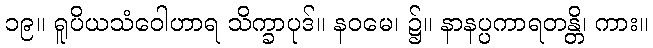
၁၉။ ရူပိယသံဝေါဟာရ သိက္ခာပုဒ်။ နဝမေ၊ ၌။ နာနပ္ပကာရတန္တိ၊ ကား။